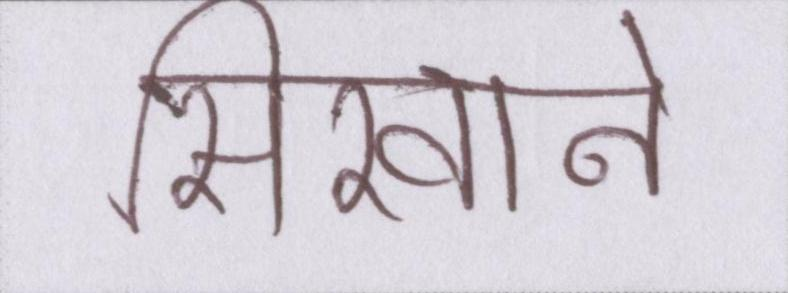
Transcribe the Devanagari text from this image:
सिखाने